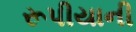
રૂપીયાની